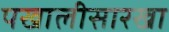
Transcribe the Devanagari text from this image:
पखालीसारखा